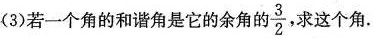
(3)若一个角的和谐角是它的余角的\frac{3}{2},求这个角.